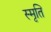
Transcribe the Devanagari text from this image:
स्‍मृति